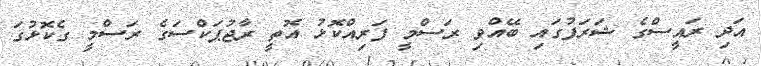
އަދި ރައީސްގެ ޝަރަފުގައި ބޭއްވި ރަސްމީ ފަރިއްކޮޅު އޮތީ ރާޖުޕަކްސަގެ ރަސްމީ ގެކޮޅުގަ